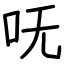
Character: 呒